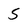
Character: 5